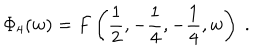
\Phi _ { 4 } ( w ) = F \left( \frac 1 2 , - \frac 1 4 , - \frac 1 4 , w \right) \ .